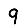
Digit: 9